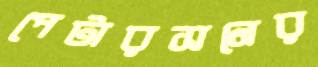
পেটারসনের